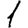
Digit: 1